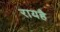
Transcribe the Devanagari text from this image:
रायहै